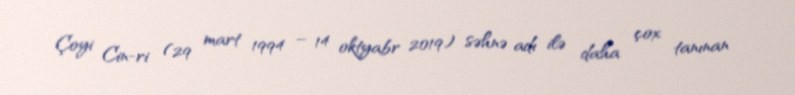
Çoyi Cin-ri (29 mart 1994 – 14 oktyabr 2019) səhnə adı ilə daha çox tanınan